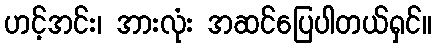
ဟင့်အင်း၊ အားလုံး အဆင်ပြေပါတယ်ရှင်။